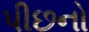
પીછનો